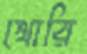
খোরি